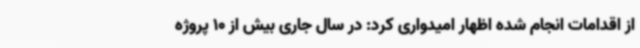
از اقدامات انجام شده اظهار امیدواری کرد: در سال جاری بیش از 10 پروژه